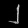
Digit: ၂